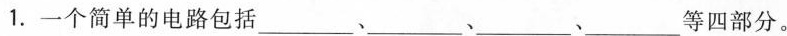
1. 一个简单的电路包括___、___、___、___等四部分。